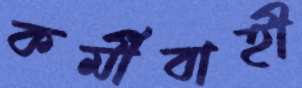
কর্মীবাহী